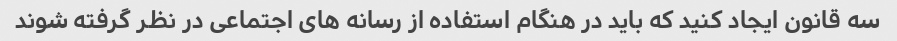
سه قانون ایجاد کنید که باید در هنگام استفاده از رسانه های اجتماعی در نظر گرفته شوند